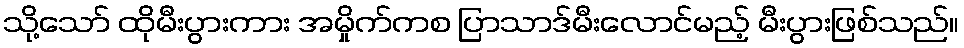
သို့သော် ထိုမီးပွားကား အမှိုက်ကစ ပြာသာဒ်မီးလောင်မည့် မီးပွားဖြစ်သည်။